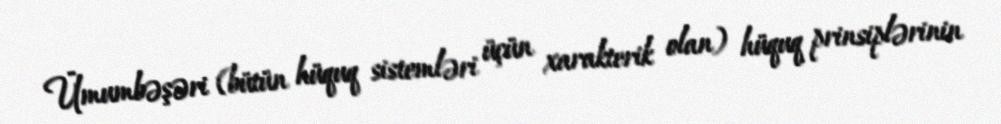
Ümumbəşəri (bütün hüquq sistemləri üçün xarakterik olan) hüquq prinsiplərinin